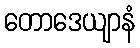
တောဒေယျာနံ